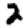
Digit: 2